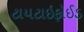
ટાયટાઇફોઈડ